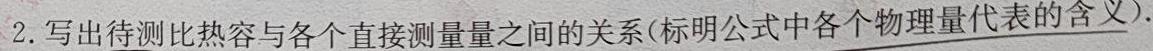
2. 写出待测比热容与各个直接测量量之间的关系(标明公式中各个物理量代表的含义).